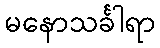
မနောသင်္ခါရာ